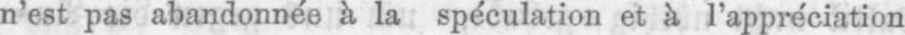
n’est pas abandonnée à la spéculation et à l’appréciation